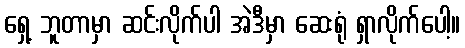
ရှေ့ ဘူတာမှာ ဆင်းလိုက်ပါ အဲဒီမှာ ဆေးရုံ ရှာလိုက်ပေါ့။